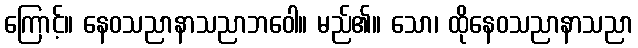
ကြောင့်။ နေဝသညာနာသညာဘဝေါ။ မည်၏။ သော၊ ထိုနေဝသညာနာသညာ